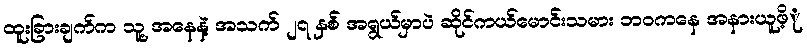
ထူးခြားချက်က သူ့ အနေနဲ့ အသက် ၂၇ နှစ် အရွယ်မှာပဲ ဆိုင်ကယ်မောင်းသမား ဘဝကနေ အနားယူဖိ့ု